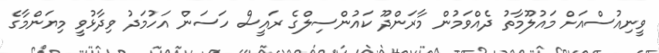
ވީނިއުސްއަށް މައުލޫމާތު ދެއްވަމުން މާރަންދޫ ކައުންސިލްގެ ރައީސް ހަސަން އަހުމަދު ވިދާޅުވީ މިޔަންމާގެ